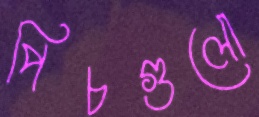
পিচগুলো